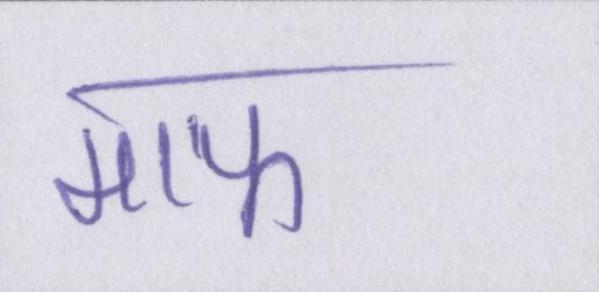
माफ